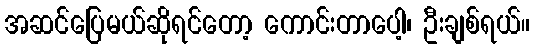
အဆင်ပြေမယ်ဆိုရင်တော့ ကောင်းတာပေါ့၊ ဦးချစ်ရယ်။